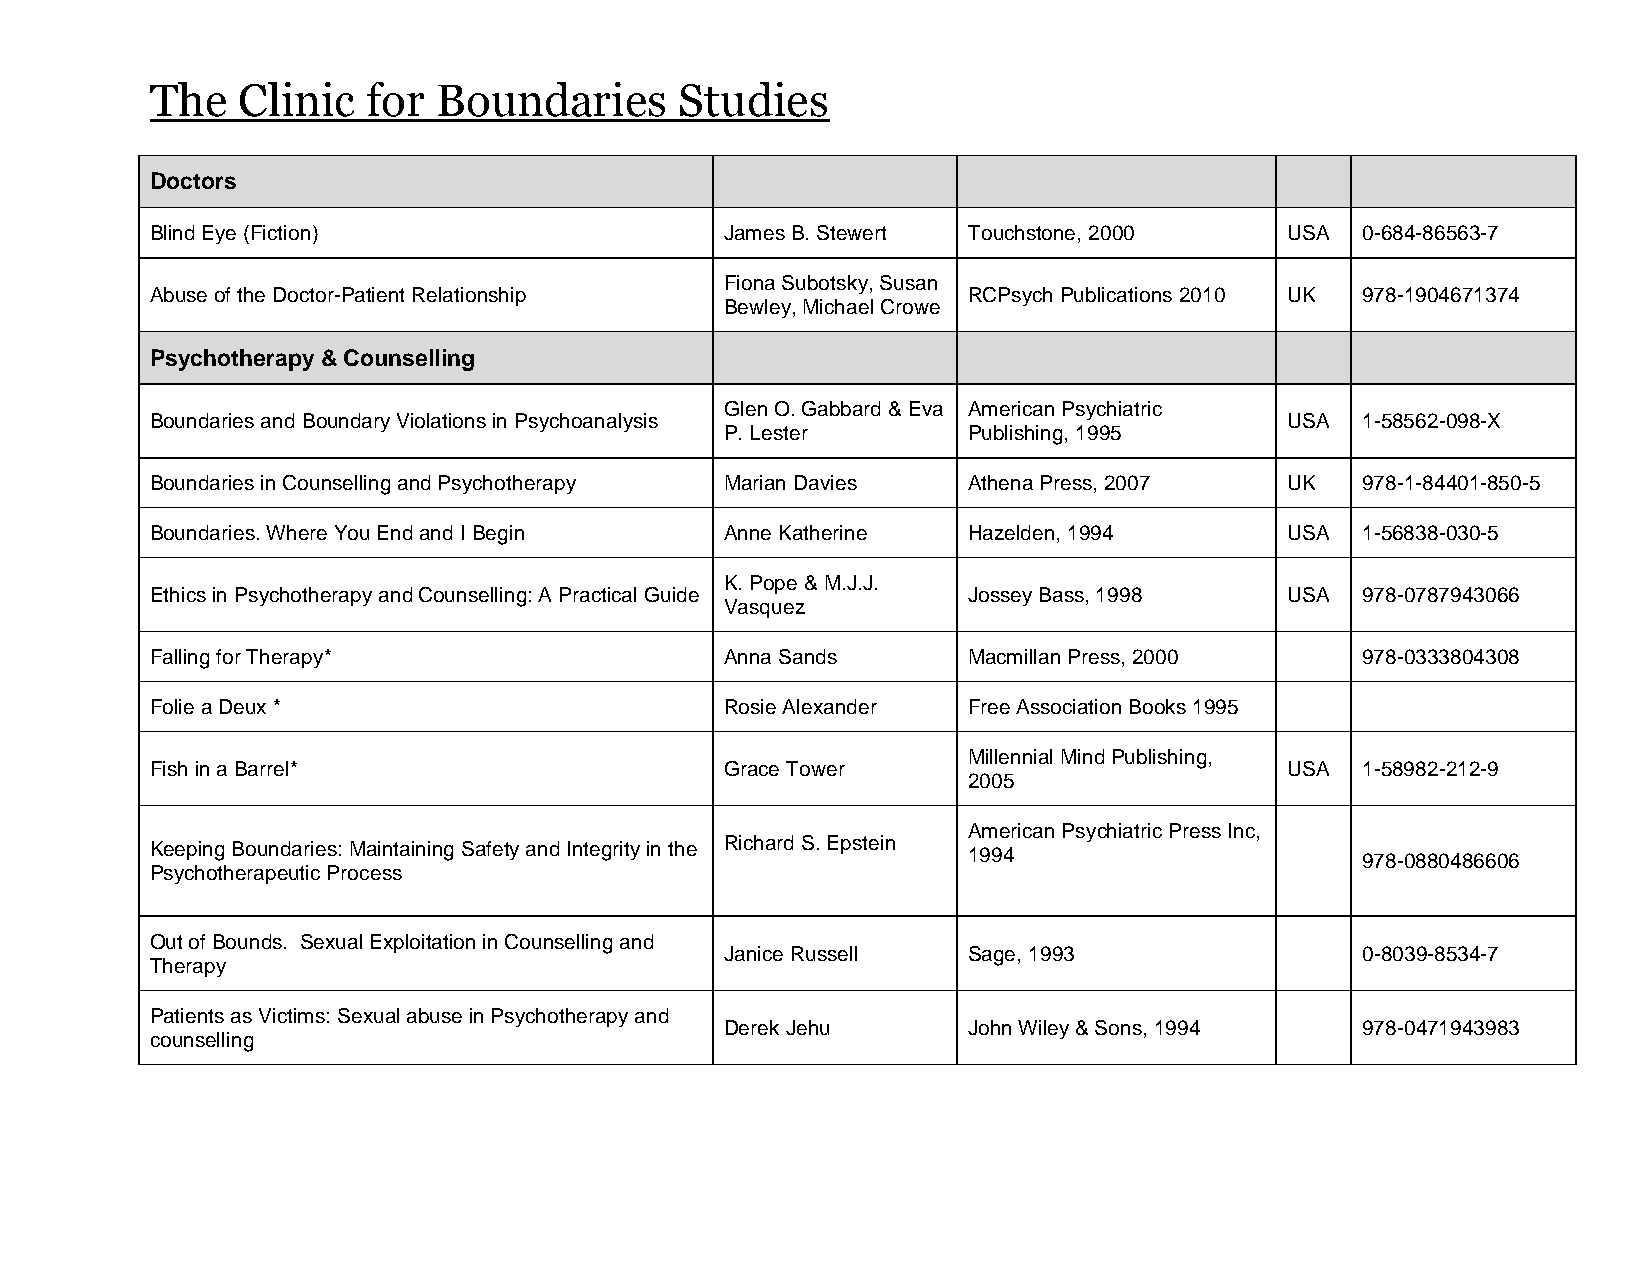
The   Clinic  for  Boundaries      Studies
 Doctors
 Blind Eye (Fiction)                   James B. Stewert Touchstone, 2000    USA  0-684-86563-7
 Fiona Subotsky, Susan
 Abuse of the Doctor-Patient Relationship              RCPsych Publications 2010 UK 978-1904671374
 Bewley, Michael Crowe
 Psychotherapy & Counselling
 Glen O. Gabbard & Eva American Psychiatric
 Boundaries and Boundary Violations in Psychoanalysis                       USA  1-58562-098-X
 P. Lester       Publishing, 1995
 Boundaries in Counselling and Psychotherapy Marian Davies Athena Press, 2007 UK 978-1-84401-850-5
 Boundaries. Where You End and I Begin Anne Katherine  Hazelden, 1994       USA  1-56838-030-5
 K. Pope & M.J.J.
 Ethics in Psychotherapy and Counselling: A Practical Guide Jossey Bass, 1998 USA 978-0787943066
 Vasquez
 Falling for Therapy*                  Anna Sands      Macmillan Press, 2000     978-0333804308
 Folie a Deux *                        Rosie Alexander Free Association Books 1995
 Millennial Mind Publishing,
 Fish in a Barrel*                     Grace Tower                          USA  1-58982-212-9
 2005
 American Psychiatric Press Inc,
 Keeping Boundaries: Maintaining Safety and Integrity in the Richard S. Epstein 1994 978-0880486606
 Psychotherapeutic Process
 Out of Bounds. Sexual Exploitation in Counselling and
 Janice Russell  Sage, 1993                0-8039-8534-7
 Therapy
 Patients as Victims: Sexual abuse in Psychotherapy and
 Derek Jehu      John Wiley & Sons, 1994   978-0471943983
 counselling